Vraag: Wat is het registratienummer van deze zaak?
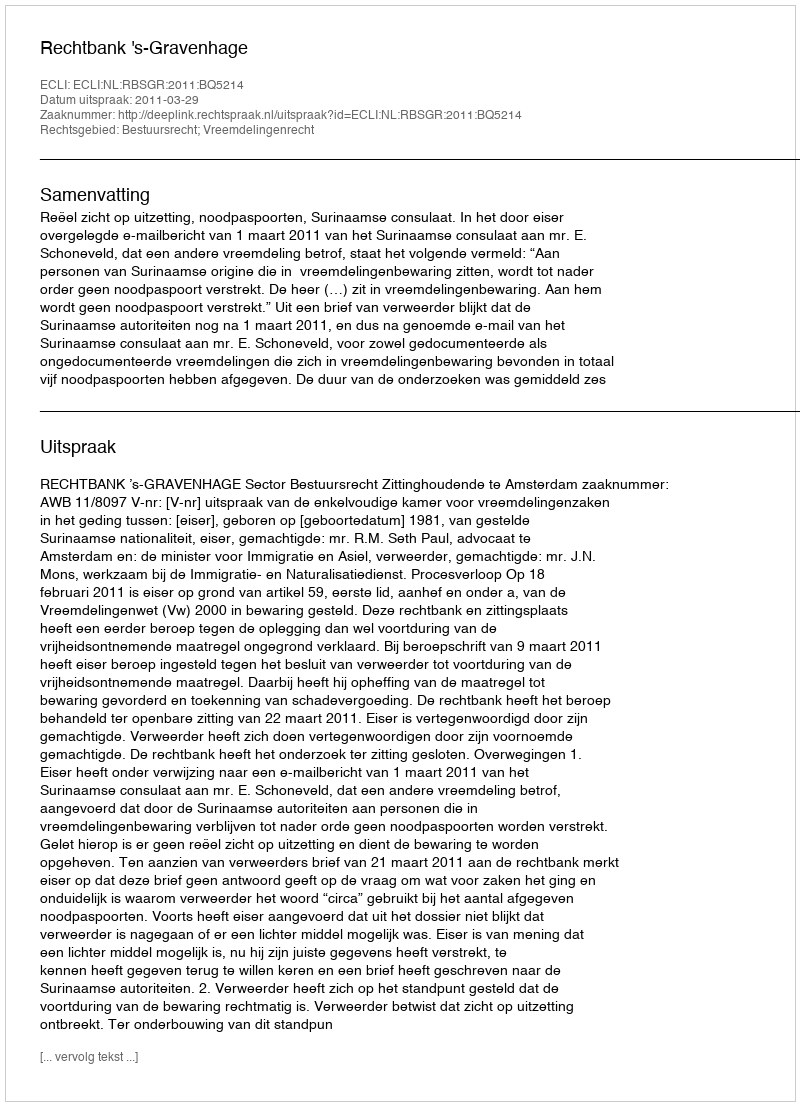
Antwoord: http://deeplink.rechtspraak.nl/uitspraak?id=ECLI:NL:RBSGR:2011:BQ5214